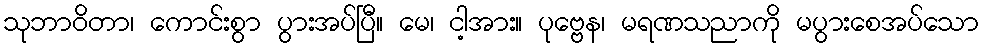
သုဘာဝိတာ၊ ကောင်းစွာ ပွားအပ်ပြီ။ မေ၊ ငါ့အား။ ပုဗ္ဗေန၊ မရဏသညာကို မပွားစေအပ်သော